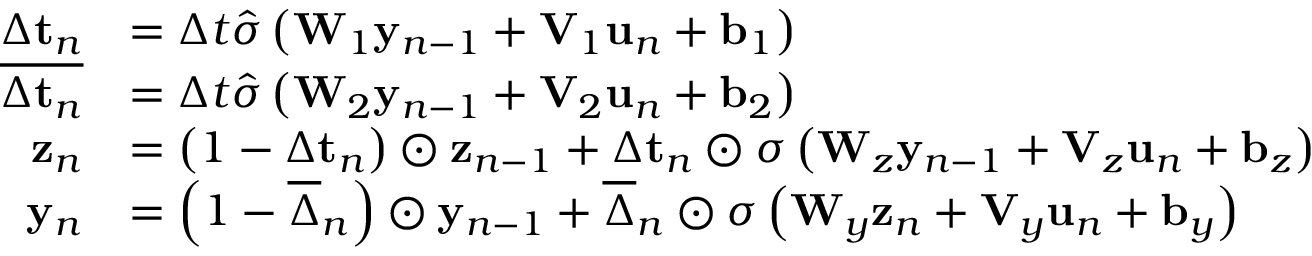
\begin{array} { r l } { \Delta \mathbf { t } _ { n } } & { = \Delta t \hat { \sigma } \left( \mathbf { W } _ { 1 } \mathbf { y } _ { n - 1 } + \mathbf { V } _ { 1 } \mathbf { u } _ { n } + \mathbf { b } _ { 1 } \right) } \\ { \overline { { \Delta \mathbf { t } _ { n } } } } & { = \Delta t \hat { \sigma } \left( \mathbf { W } _ { 2 } \mathbf { y } _ { n - 1 } + \mathbf { V } _ { 2 } \mathbf { u } _ { n } + \mathbf { b } _ { 2 } \right) } \\ { \mathbf { z } _ { n } } & { = \left( 1 - \boldsymbol { \Delta } \mathbf { t } _ { n } \right) \odot \mathbf { z } _ { n - 1 } + \Delta \mathbf { t } _ { n } \odot \sigma \left( \mathbf { W } _ { z } \mathbf { y } _ { n - 1 } + \mathbf { V } _ { z } \mathbf { u } _ { n } + \mathbf { b } _ { z } \right) } \\ { \mathbf { y } _ { n } } & { = \left( 1 - \overline { { \boldsymbol { \Delta } } } _ { n } \right) \odot \mathbf { y } _ { n - 1 } + \overline { { \boldsymbol { \Delta } } } _ { n } \odot \sigma \left( \mathbf { W } _ { y } \mathbf { z } _ { n } + \mathbf { V } _ { y } \mathbf { u } _ { n } + \mathbf { b } _ { y } \right) } \end{array}